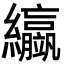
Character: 䌱